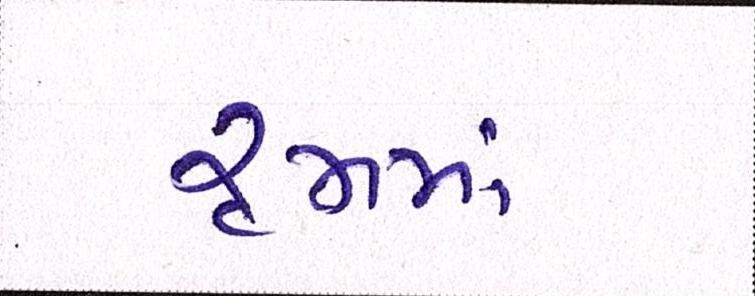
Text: રૃમમાં